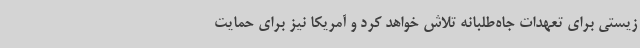
زیستی برای تعهدات جاه‌طلبانه تلاش خواهد کرد و آمریکا نیز برای حمایت